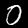
Digit: 0